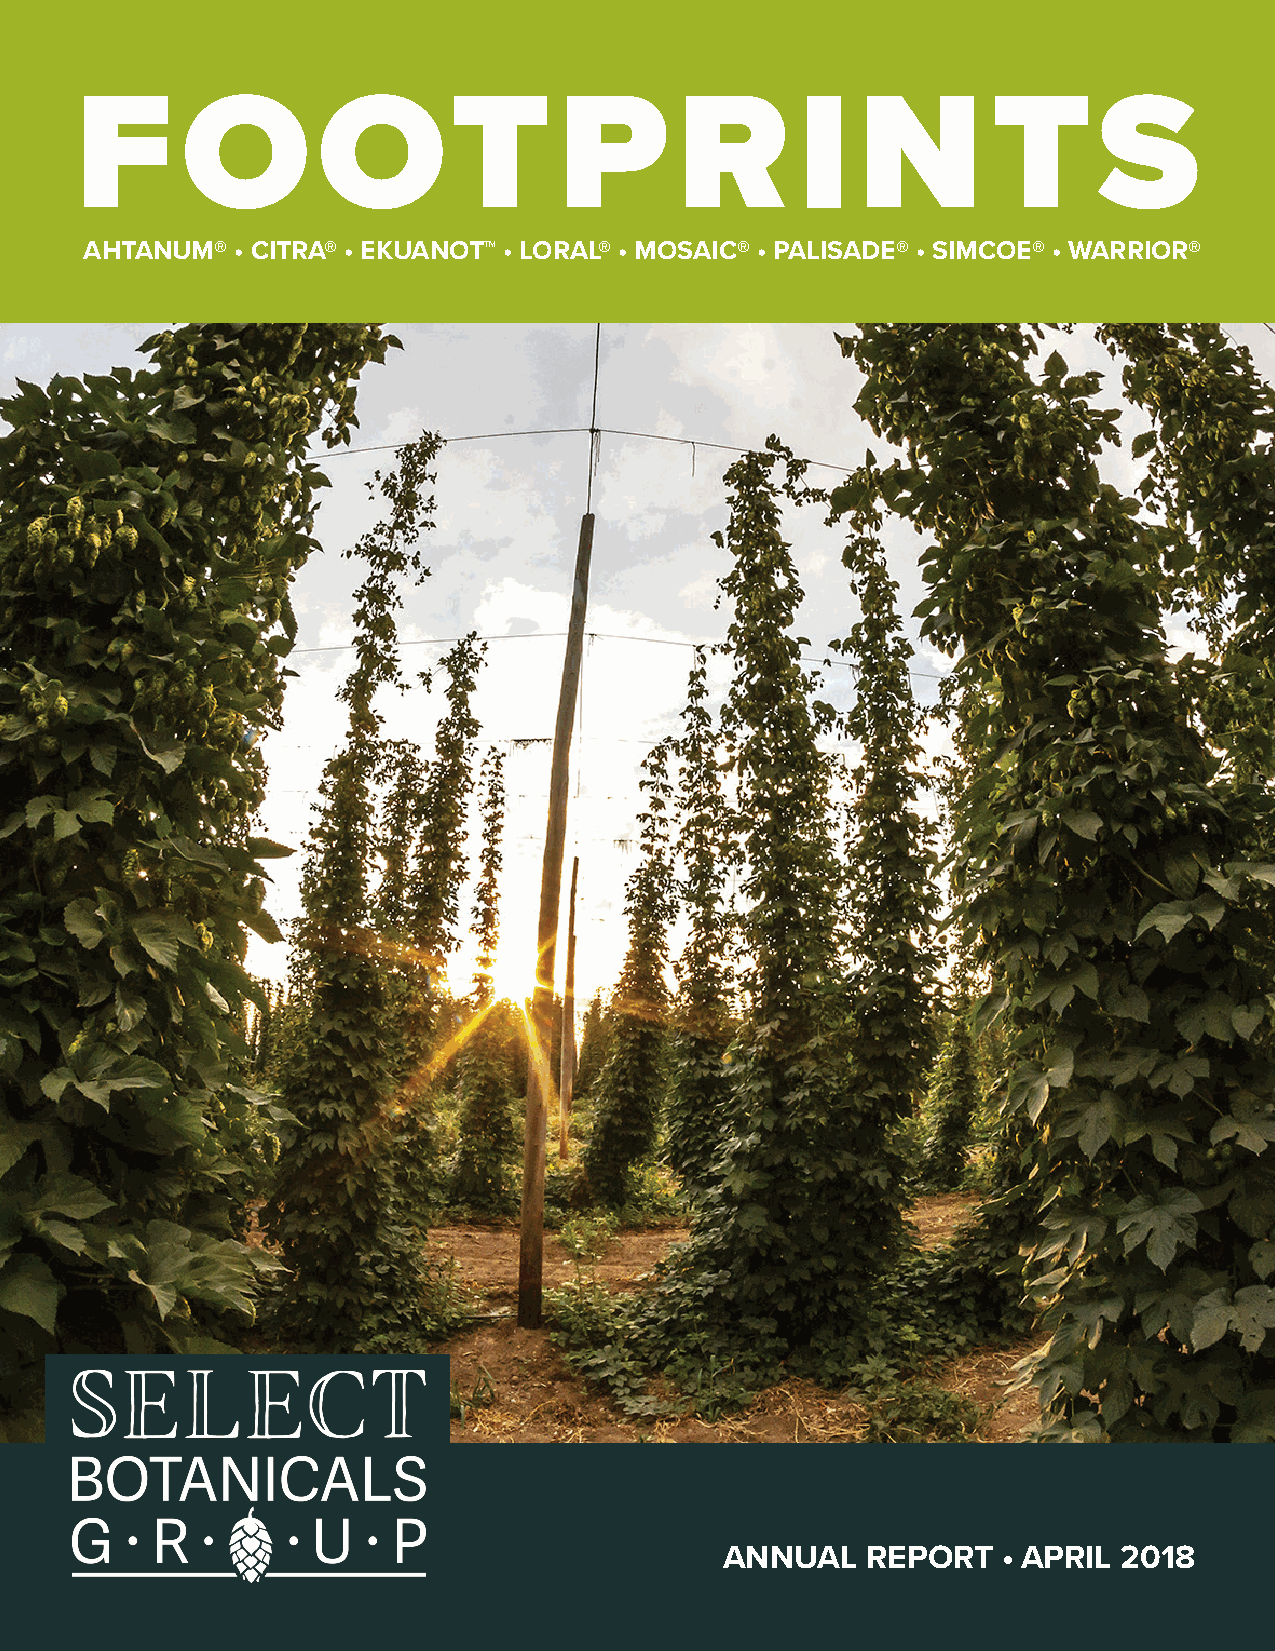
F      O        OT              P       R       I   N        T      S
 AHTANUM®  • CITRA® • EKUANOT™ • LORAL® • MOSAIC® • PALISADE® • SIMCOE® • WARRIOR®
 ANNUAL   REPORT   • APRIL 2018